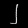
Digit: ၂